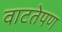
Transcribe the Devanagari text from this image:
वाटतेपण